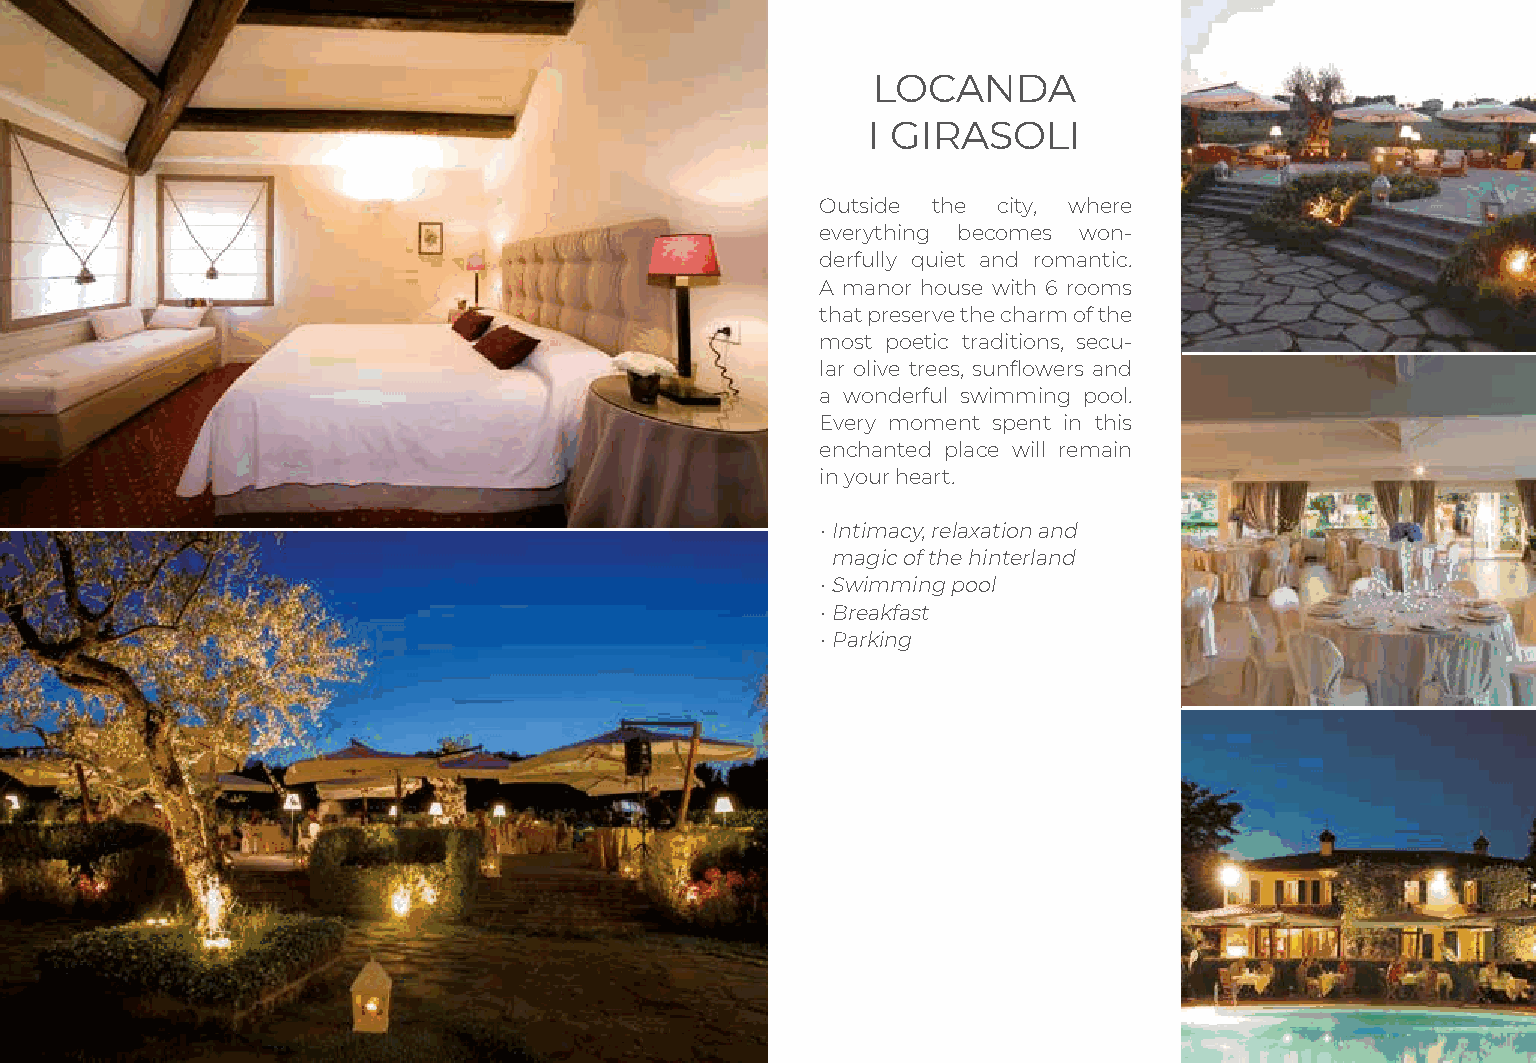
LOCANDA
 I GIRASOLI
 Outside the city, where
 everything becomes won-
 derfully quiet and romantic.
 A manor house with 6 rooms
 that preserve the charm of the
 most poetic traditions, secu-
 lar olive trees, sunflowers and
 a wonderful swimming pool.
 Every moment spent in this
 enchanted place will remain
 in your heart.
 • Intimacy, relaxation and
 magic of the hinterland
 • Swimming pool
 • Breakfast
 • Parking